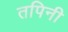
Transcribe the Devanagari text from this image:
तपिनी